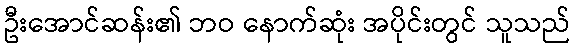
ဦးအောင်ဆန်း၏ ဘဝ နောက်ဆုံး အပိုင်းတွင် သူသည်